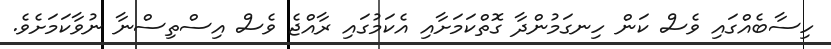
ހިސާބެއްގައި ވެސް ކަން ހިނގަމުންދާ ގޮތްކަމަށާއި އެކަމުގައި ރާއްޖެ ވެސް އިސްތިސްނާ ނުވާކަމަށެވެ.